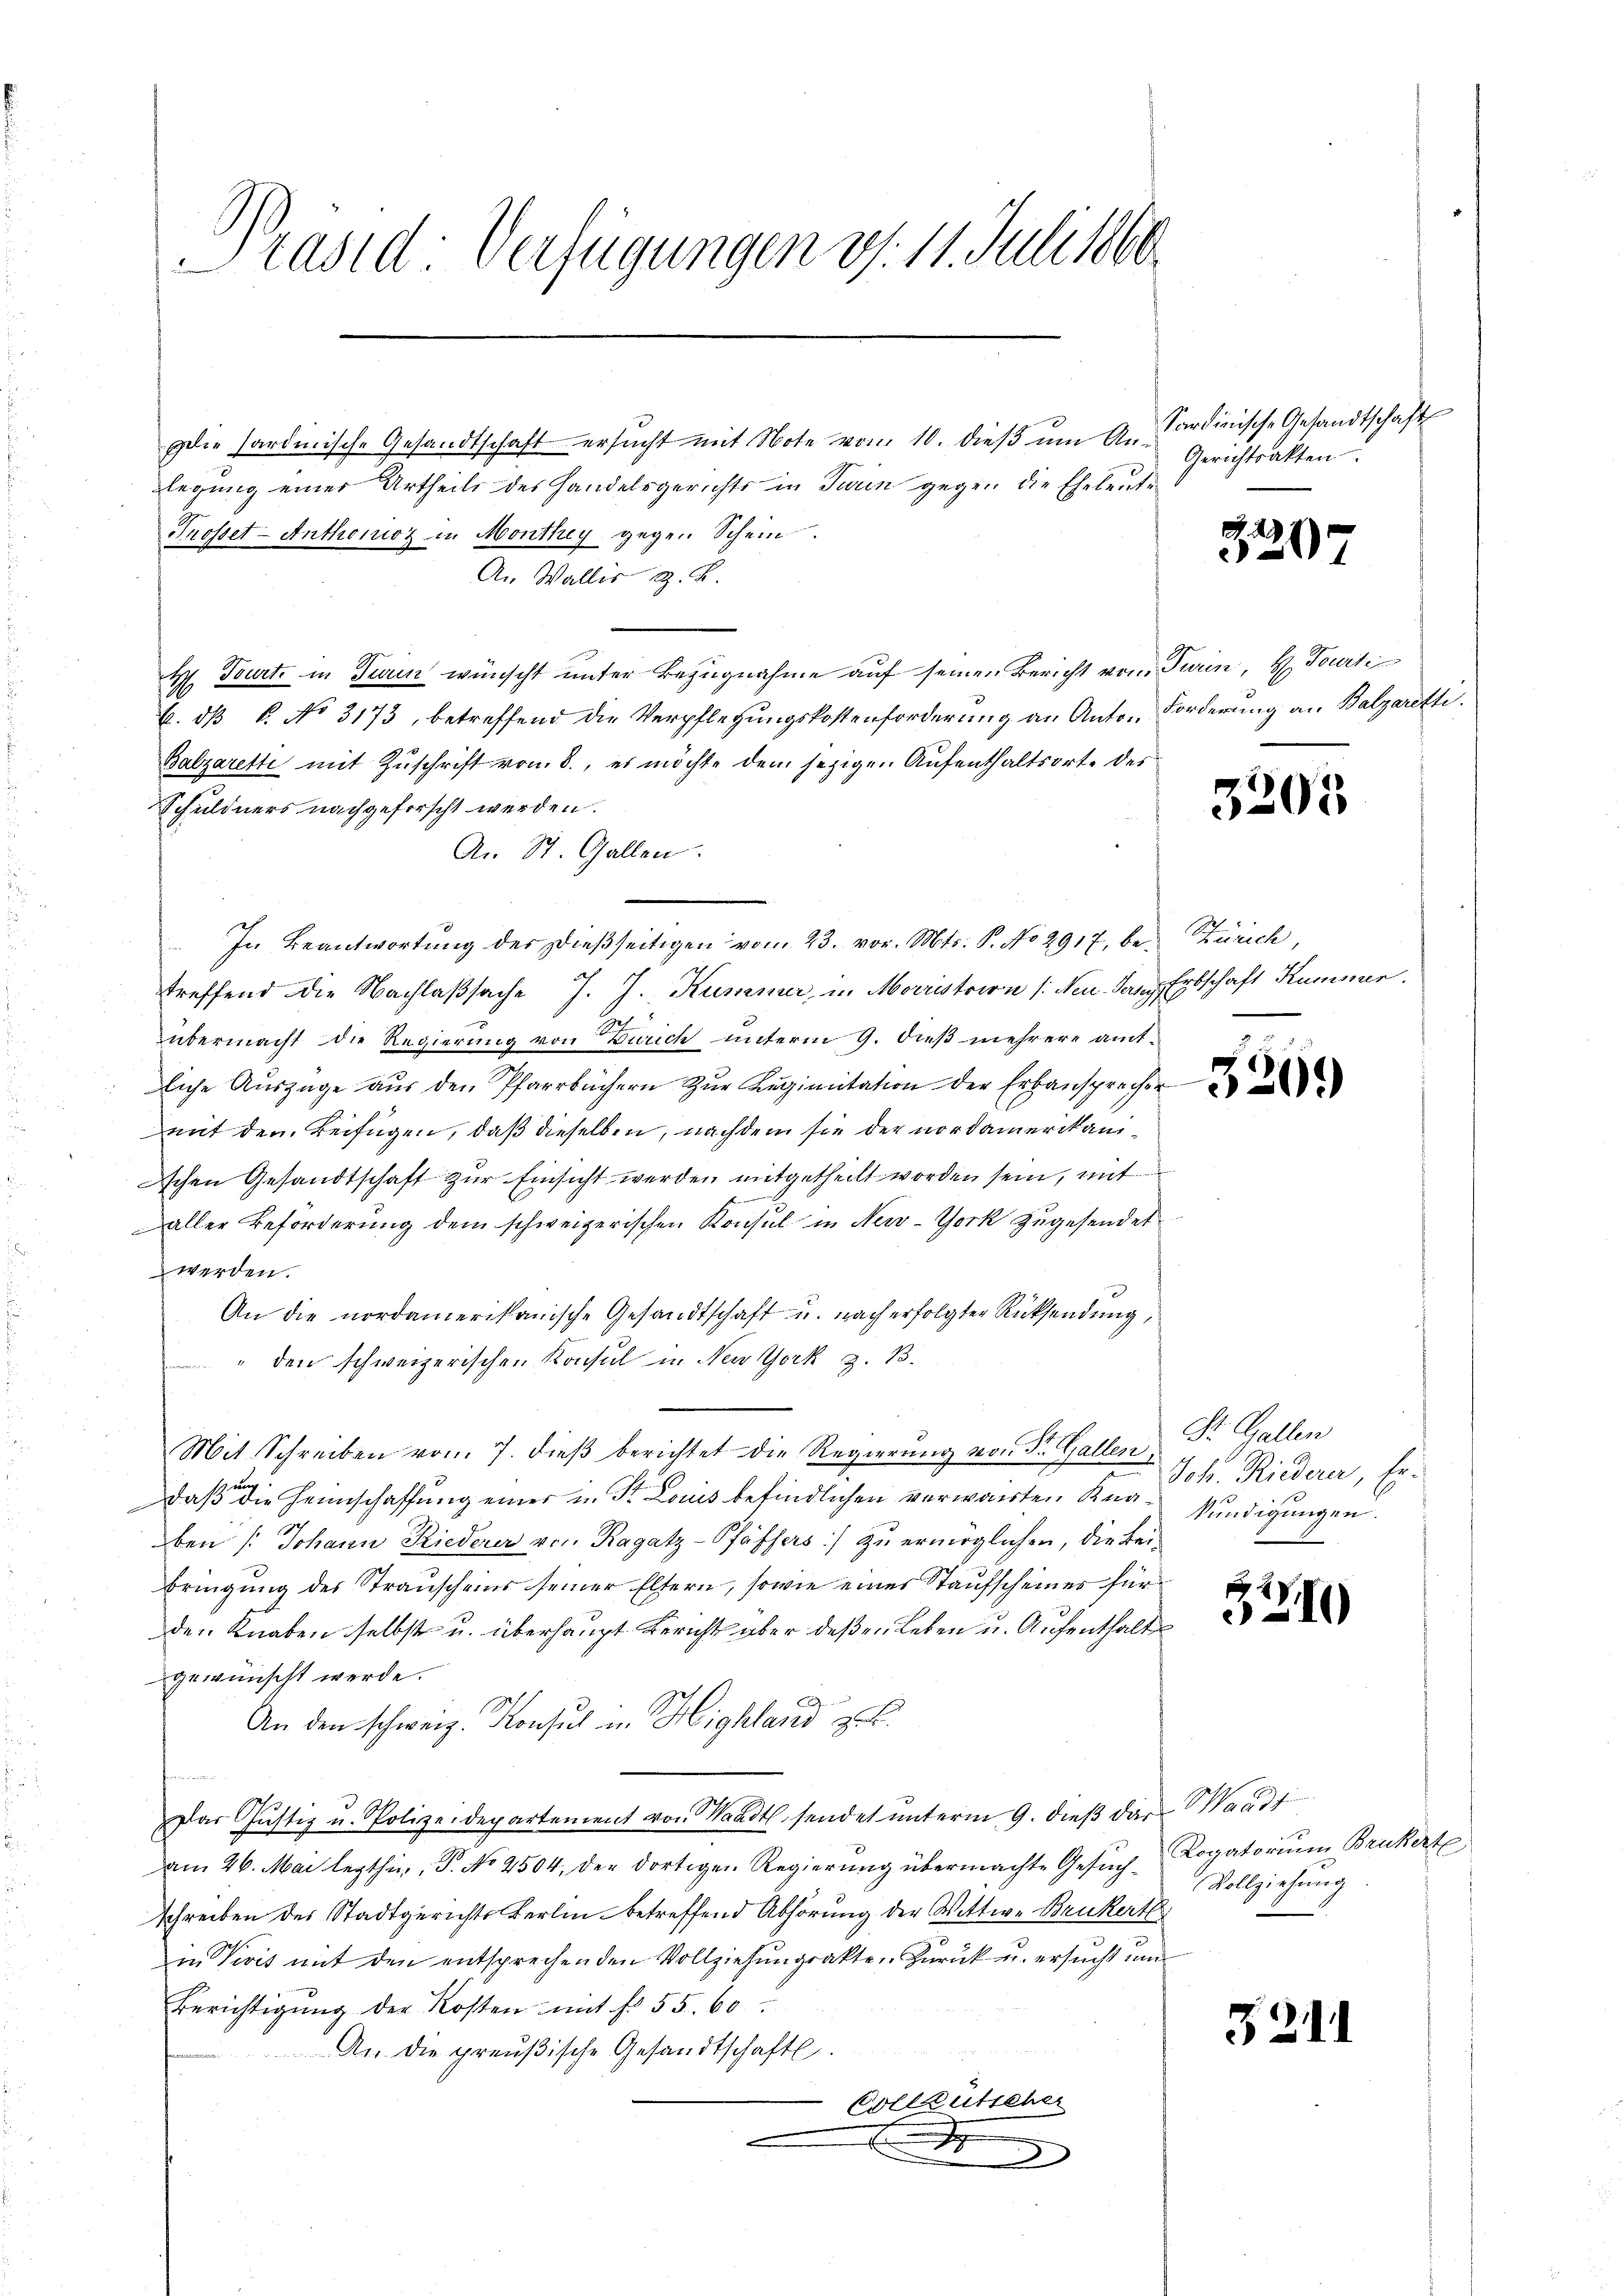
Präsid. Verfügungen v. 11. Juli 1860.

die Hardmische Gesandtschaft ersucht mit Note vom 10. dieß um Anlegung einer Urtheils des Handelsgerichts in Turin gegen die Eheleute
Trosset - Anthonoz in Monthey gegen Schein
An Wallis z. B.
H. Tourt in Turn wünscht unter Bezugnahme auf seinen Bericht von Turin, H. Tourti
6. dβ 6. No 3173, betreffend die Verpflegŭngskostenforderung an Anton Forderung an Balzareth.
Balzarette mit Zuschrift von 8., es möchte dem jezigen Aufenthaltsorte des
Schuldners nachgeforscht werden.
An St. Gallen.
In Beantwortung der dießseitigen vom 23. vor. Mts. P. No 2917, be- Zürich,
treffend die Nachlaßsache J. J. Kummer, in Morristoirn /: Neu Jan. Erbschaft Kummer.
übermacht die Regierung von Zürich unterm 9. dieß mehrere amtliche Auszüge aŭs den Pfarrbüchern zŭr Regimitation der Erbansprechen
mit den Beifügen, daß dieselben, nachdem sie der nordamerikanischen Gesandtschaft zur Einsicht werden mitgetheilt worden sein, mit
aller Beförderung dem schweizerischen Konsul in New-York zugesendet
werden.
An die nordamerikanische Gesandtschaft u. nach erfolgter Rücksendung,
" den schweizerischen Konsul in New York z. B.
Mit Schreiben vom 7. dieβ berichtet die Regierŭng von St. Gallen St. Gallen
daß die Heimschaffung einer u. St. Louis befindlichen verwarten Kna- kundigungen.
ben /: Johann Riederer von Ragatz-Pfäffers) zu ermöglichen, die Bei-
bringung des Stranscheins seiner Eltern, sowie einer Staufscheines für
den Knaben selbst u. überhaupt Bericht aber deßen Leben u. Aufenthalt
gewünscht werde.
An den schweiz. Konsul in Highland zur
Dar Justiz u. Polizeidepartement von Waadt, sendet unterm 9. dieß das Waadt
am 26. Mai lezthin, P. No 2504, der dortigen Regierung übermachte Gesuchschreiben des Stadtgerichts Kerlin betreffend Abhörung der Wittwe Brukert
in Visit mit den entsprechenden Vollziehungsakten Zurück u. ersucht um
Berichtigŭng der Kosten mit fr. 55. 60
An die preußische Gesandtschaftl.
Vollzutscher

e

Sardinische Gesandtschaft
Gerichtsakten

2121

3205

326.

Joh. Riedern, Er¬

3210

Logatorium Brukerte
Vollziehung.

521